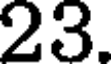
23.